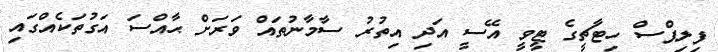
ފިލިޕްސް ހިޓާޗީގެ ޓީވީ އޭސީ އަދި އިތުރު ސާމާނުތައް ވަރަށް ޙާއްސަ އަގުތަކެއްގައި